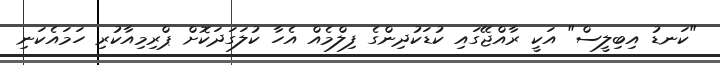
"ކަނޑު އިބިލީސް" އަކީ ރާއްޖޭގައި ކުޑަކުދިންގެ ފިލްމެއް އެހާ ކުލަގަދަކޮށް ޕްރިމިއާކުރި ހަމައެކަނި